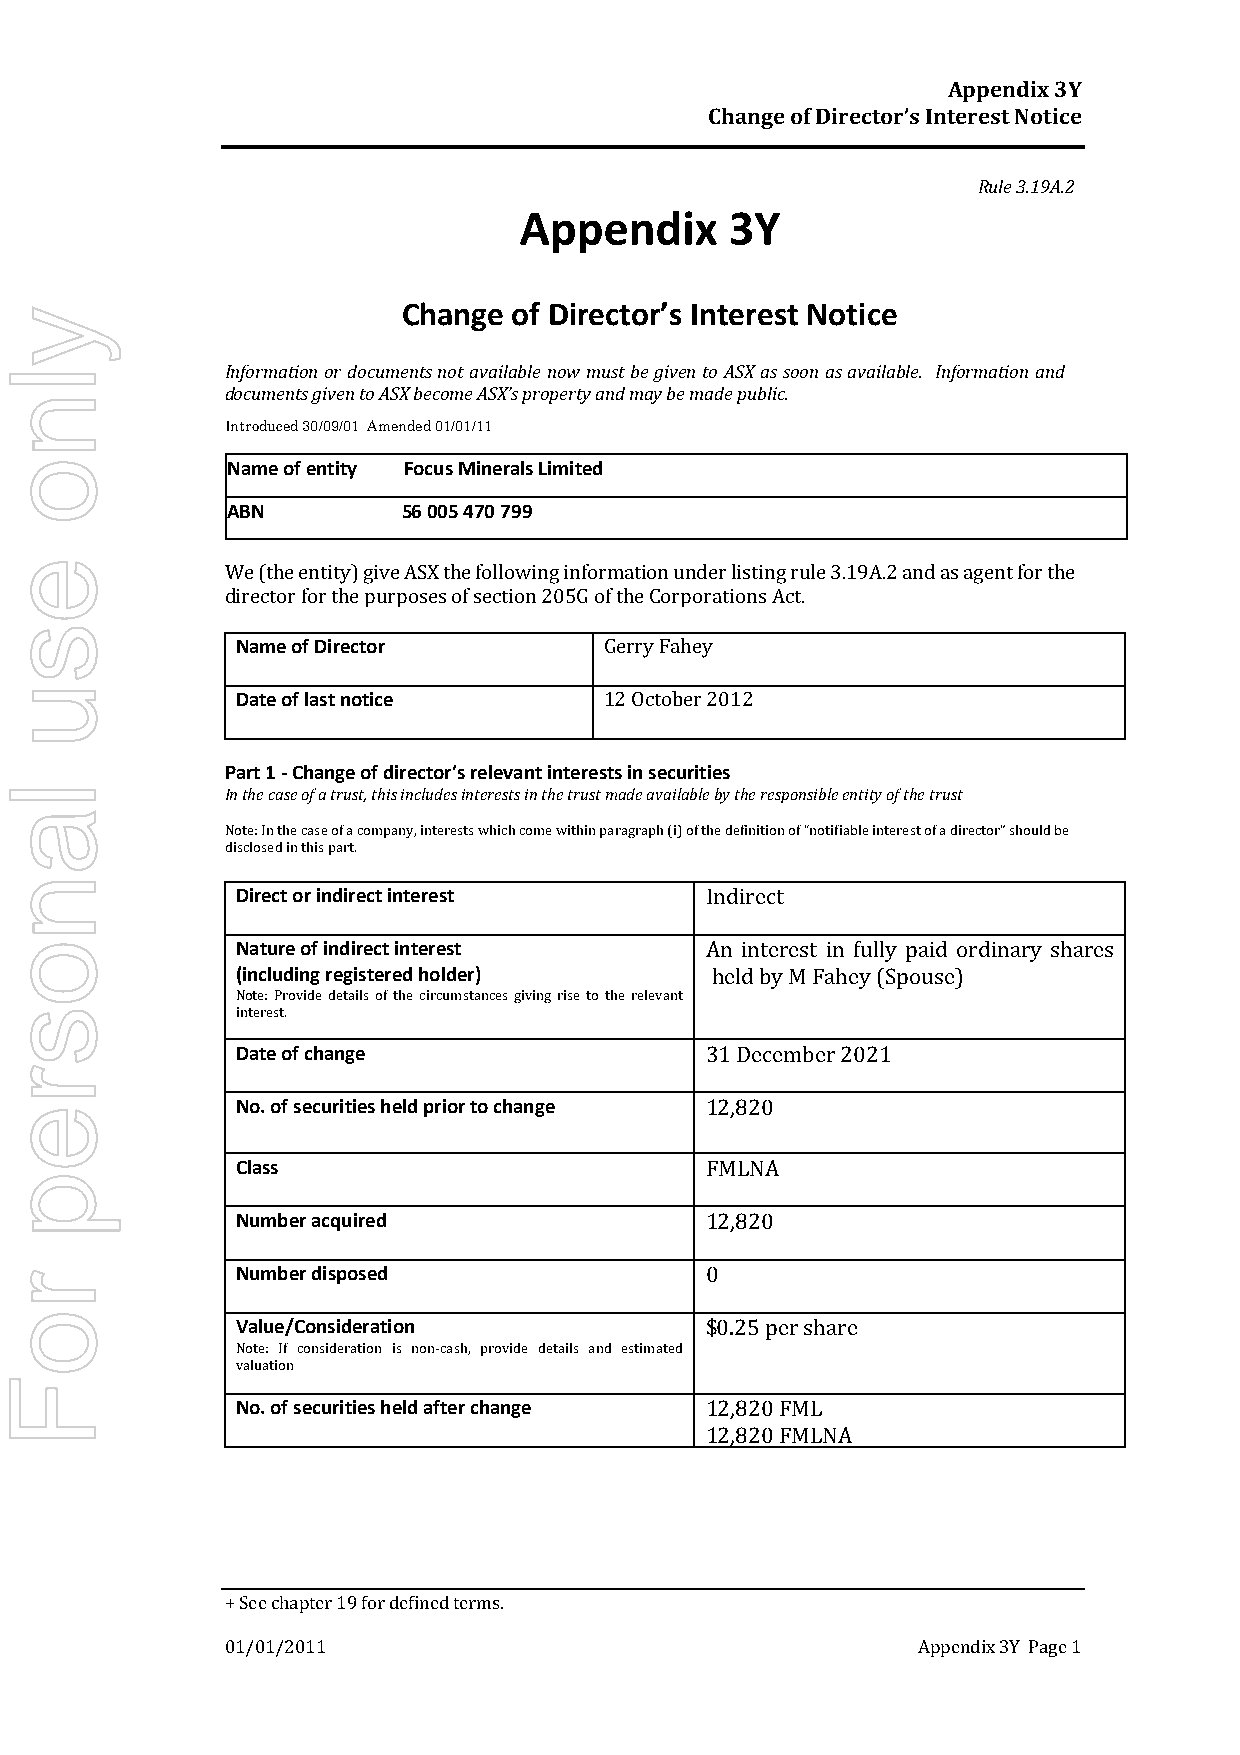
Appendix 3Y
 Change of Director’s Interest Notice
 Rule 3.19A.2
 Appendix      3Y
 y                          Change of Director’s Interest Notice
 l              Information or documents not available now must be given to ASX as soon as available. Information and
 documents given to ASX become ASX’s property and may be made public.
 n
 Introduced 30/09/01 Amended 01/01/11
 o              Name of entity Focus Minerals Limited
 ABN         56 005 470 799
 e              We (the entity) give ASX the following information under listing rule 3.19A.2 and as agent for the
 director for the purposes of section 205G of the Corporations Act.
 s
 Name of Director        Gerry Fahey
 u
 Date of last notice     12 October 2012
 Part 1 - Change of director’s relevant interests in securities
 l              In the case of a trust, this includes interests in the trust made available by the responsible entity of the trust
 a
 Note: In the case of a company, interests which come within paragraph (i) of the definition of “notifiable interest of a director” should be
 disclosed in this part.
 n
 Direct or indirect interest    Indirect
 o               Nature of indirect interest    An interest in fully paid ordinary shares
 (including registered holder)  held by M Fahey (Spouse)
 Note: Provide details of the circumstances giving rise to the relevant
 s               interest.
 Date of change                 31 December 2021
 r
 No. of securities held prior to change 12,820
 e
 Class                          FMLNA
 p
 Number acquired                12,820
 r               Number disposed                0
 o
 Value/Consideration            $0.25 per share
 Note: If consideration is non-cash, provide details and estimated
 valuation
 F
 No. of securities held after change 12,820 FML
 12,820 FMLNA
 + See chapter 19 for defined terms.
 01/01/2011                                    Appendix 3Y Page 1